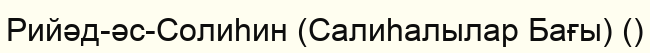
Рийәд-әс-Солиһин (Салиһалылар Бағы) ()